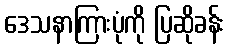
ဒေသနာကြားပုံကို ပြဆိုခန်း